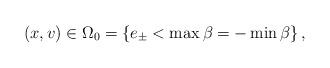
LaTeX: \begin{align*}\left( x,v\right) \in\Omega_{0}=\left\{ e_{\pm}<\max\beta=-\min\beta\right\} ,\end{align*}